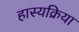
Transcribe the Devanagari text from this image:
हास्यक्रिया